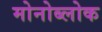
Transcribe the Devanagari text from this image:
मोनोब्लोक